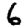
Digit: 6